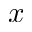
x